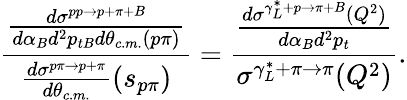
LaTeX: {\frac{\frac{d\sigma^{pp\to p+\pi+B}}{d\alpha_{B}d^{2}p_{tB}d\theta_{c.m.}(p\pi)}}{{\frac{d\sigma^{p\pi\to p+\pi}}{d\theta_{c.m.}}}(s_{p\pi})}}={\frac{\frac{d\sigma^{\gamma_{L}^{*}+p\to\pi+B}(Q^{2})}{d\alpha_{B}d^{2}p_{t}}}{\sigma^{\gamma_{L}^{*}+\pi\to\pi}(Q^{2})}}.